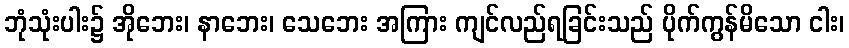
ဘုံသုံးပါး၌ အိုဘေး၊ နာဘေး၊ သေဘေး အကြား ကျင်လည်ရခြင်းသည် ပိုက်ကွန်မိသော ငါး၊